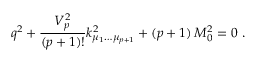
q ^ { 2 } + { \frac { V _ { p } ^ { 2 } } { ( p + 1 ) ! } } k _ { \mu _ { 1 } \dots \mu _ { p + 1 } } ^ { 2 } + ( p + 1 ) \, M _ { 0 } ^ { 2 } = 0 \ .